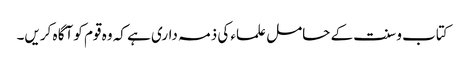
کتاب و سنت کے حامل علماء کی ذمہ داری ہے کہ وہ قوم کو آگا ہ کریں۔